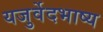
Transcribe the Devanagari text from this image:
यजुर्वेदभाष्य